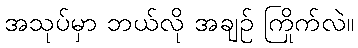
အသုပ်မှာ ဘယ်လို အချဉ် ကြိုက်လဲ။